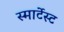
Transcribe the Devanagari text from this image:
स्मार्टेस्ट